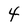
Character: 4